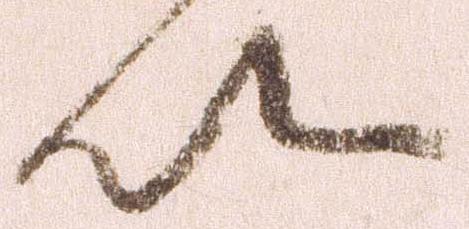
以